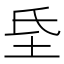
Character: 𭎁